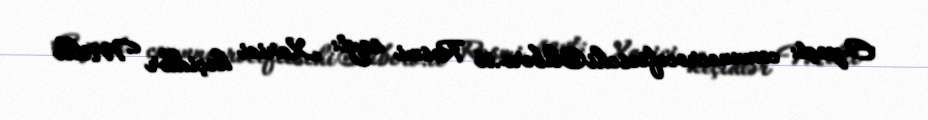
E-poçt: comunecrocefieschi@libero.it Rəsmi sayt: Xarici keçidlər Milli